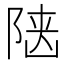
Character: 𨺞